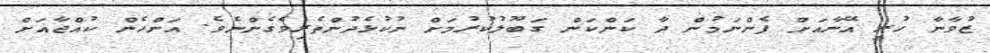
ޒުވާނާ ހުރީ އޭނާއަށް ފެންނަމުން ދާ ކަންކަން ގަބޫލުކުރުމަށް ނުކުޅެދުންތެރިވެގެންނެވެ. އަންހެން ކުއްޖާއަށް